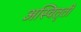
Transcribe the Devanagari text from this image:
अस्वितृती